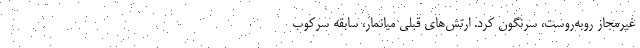
غیرمجاز روبه‌روست، سرنگون کرد. ارتش‌های قبلی میانمار، سابقه سرکوب